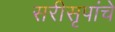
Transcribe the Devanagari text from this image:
सरीसृपांचे